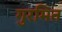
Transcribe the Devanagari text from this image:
गुरमित